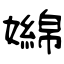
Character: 嬵